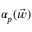
{ \alpha } _ { p } ( \vec { w } )